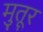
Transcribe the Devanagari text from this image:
मुतूर